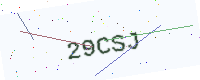
Text: 29CSJ